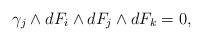
LaTeX: \begin{align*}\gamma_j \wedge dF_i\wedge dF_j \wedge dF_k =0, \end{align*}